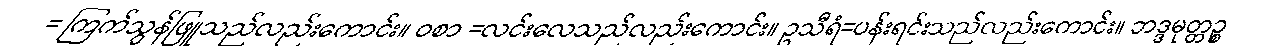
= ကြက်သွန်ဖြူသည်လည်းကောင်း။ ဝစာ =လင်းလေသည်လည်းကောင်း။ ဥသီရံ=ပန်းရင်းသည်လည်းကောင်း။ ဘဒ္ဒမုတ္တဉ္စ